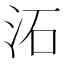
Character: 沰